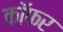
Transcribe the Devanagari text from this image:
कॉफर